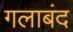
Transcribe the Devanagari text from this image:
गलाबंद